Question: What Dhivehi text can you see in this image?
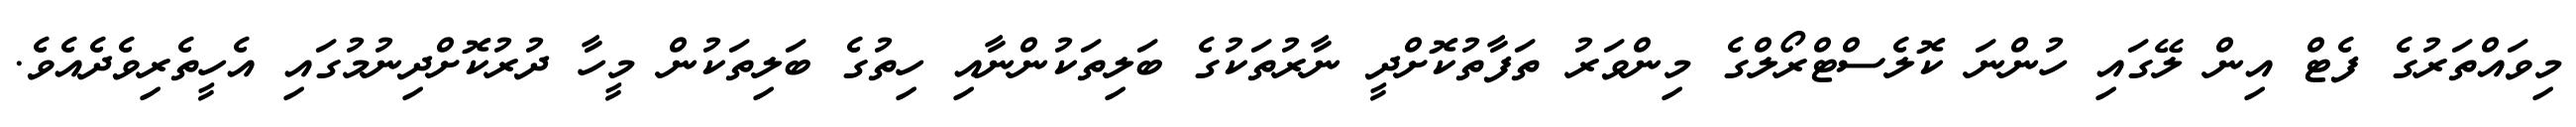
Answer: މިވައްތަރުގެ ފެޓް އިން ލޭގައި ހުންނަ ކޮލެސްޓްރޯލްގެ މިންވަރު ތަފާތުކޮށްދީ ނާރުތަކުގެ ބަލިތަކުންނާއި ހިތުގެ ބަލިތަކުން މީހާ ދުރުކޮށްދިނުމުގައި އެހީތެރިވެދެއެވެ.